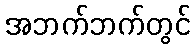
အဘက်ဘက်တွင်